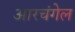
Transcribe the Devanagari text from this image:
आरचंगेल